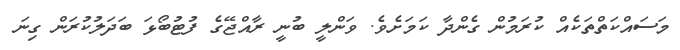
މަަސައްކަތްތަކެއް ކުރަމުން ގެންދާ ކަމަށެވެ. ވަންލީ ބުނީ ރާއްޖޭގެ ފުޓުބޯޅަ ބަދަލުކުރަން ގިނަ